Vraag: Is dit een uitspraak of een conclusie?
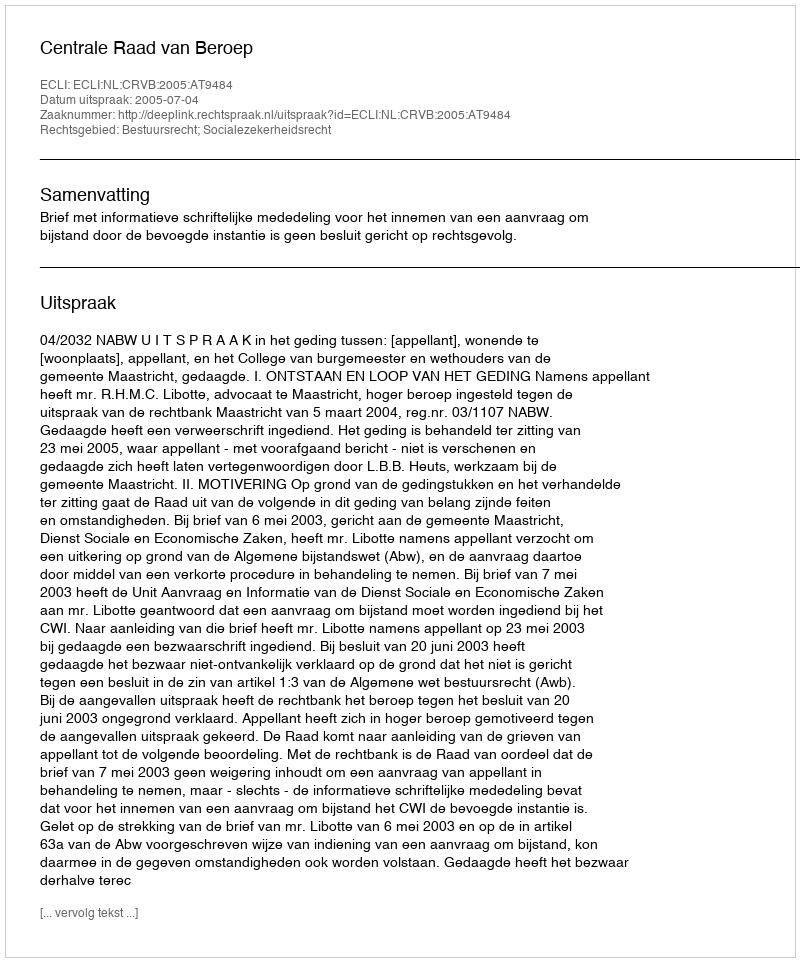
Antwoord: Uitspraak